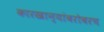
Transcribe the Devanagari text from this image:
कारखान्यांबरोबरच